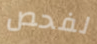
لفحص